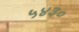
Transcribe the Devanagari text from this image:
५४३०